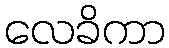
လေခိကာ